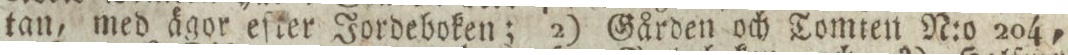
tan, med ägor eſter Jordeboken; 2) Gården och Tomten N:o 204,